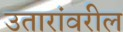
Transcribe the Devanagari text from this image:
उतारांवरील